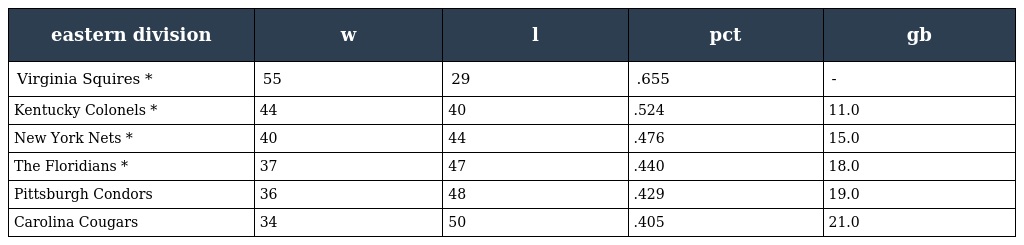
| eastern division | w | l | pct | gb |
 | --- | --- | --- | --- | --- |
 | Virginia Squires * | 55 | 29 | .655 | - |
 | Kentucky Colonels * | 44 | 40 | .524 | 11.0 |
 | New York Nets * | 40 | 44 | .476 | 15.0 |
 | The Floridians * | 37 | 47 | .440 | 18.0 |
 | Pittsburgh Condors | 36 | 48 | .429 | 19.0 |
 | Carolina Cougars | 34 | 50 | .405 | 21.0 |